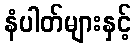
နံပါတ်များနှင့်